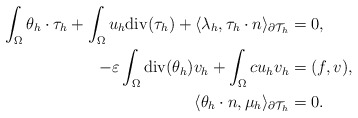
\begin{align*}\int_\Omega \theta_h\cdot\tau_h +\int_\Omega u_h {\rm div}( \tau_h)+ \langle \lambda_h,\tau_h\cdot n\rangle_{\partial {\cal T}_h}&=0,\\-\varepsilon\int_\Omega {\rm div}(\theta_h) v_h+\int_\Omega cu_hv_h&=(f,v),\\ \langle \theta_h\cdot n,\mu_h\rangle_{\partial {\cal T}_h}&=0.\end{align*}